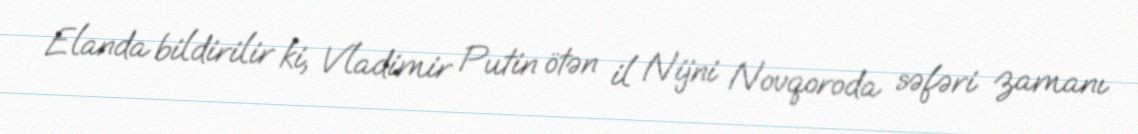
Elanda bildirilir ki, Vladimir Putin ötən il Nijni Novqoroda səfəri zamanı